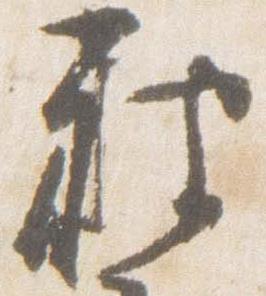
被